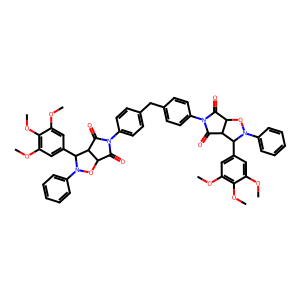
SMILES: COc1cc(C2C3C(=O)N(c4ccc(Cc5ccc(N6C(=O)C7ON(c8ccccc8)C(c8cc(OC)c(OC)c(OC)c8)C7C6=O)cc5)cc4)C(=O)C3ON2c2ccccc2)cc(OC)c1OC
Inhibits HIV replication: No